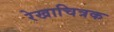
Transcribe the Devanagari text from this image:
रेखाचित्रक